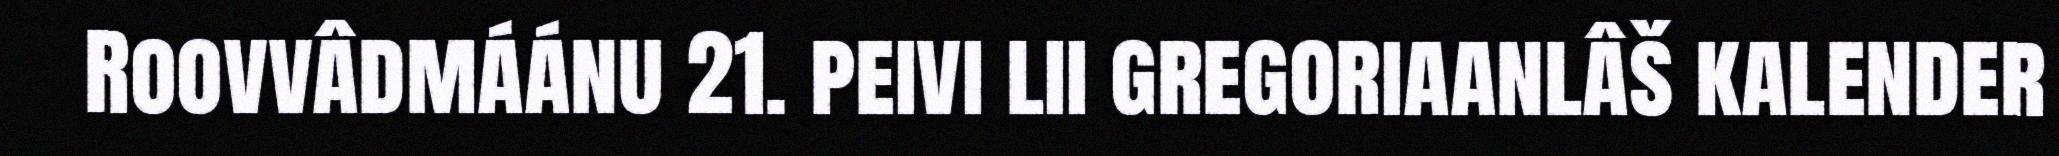
Roovvâdmáánu 21. peivi lii gregoriaanlâš kalender